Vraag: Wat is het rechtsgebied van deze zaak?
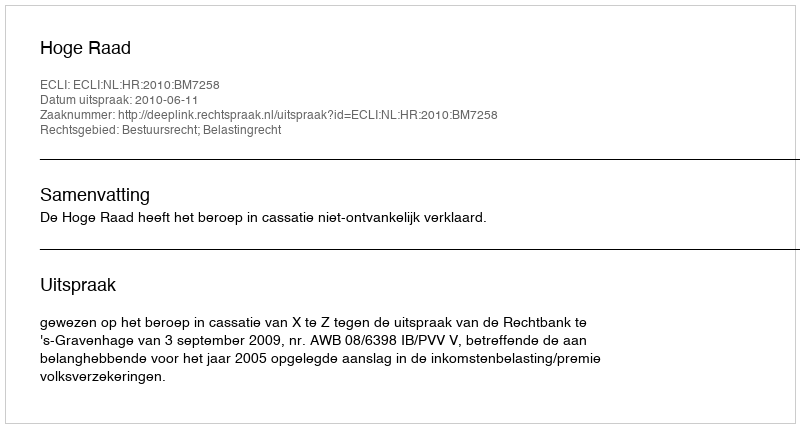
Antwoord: Bestuursrecht; Belastingrecht